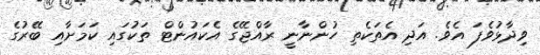
ވިދާޅުވެފަ އެވެ. އަދި އެތަކެތި ހުންނާނީ ރާއްޖޭގެ އެކައުންޓް ތަކުގައި ކަމަށާއި ބޭރުގެ